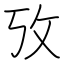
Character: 攷